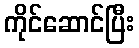
ကိုင်ဆောင်ပြီး